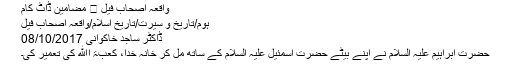
واقعہ اصحاب فیل ⋆ مضامین ڈاٹ کام
ہوم/تاریخ و سیرت/تاریخ اسلام/واقعہ اصحاب فیل
ڈاکٹر ساجد خاکوانی 08/10/2017
حضرت ابراہیم علیہ السلام نے اپنے بیٹے حضرت اسمئیل علیہ السلام کے ساتھ مل کر خانہ خدا، کعبۃ اﷲ کی تعمیر کی۔